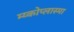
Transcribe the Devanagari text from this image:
म्य्कोप्लास्मा